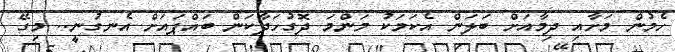
ހެމުން މަށާއި ދިމާއަށް ބަލަން އެކަމަކު މަންމަ ދޮގުހަދާކަން ބައްޕައަށް އެނގުނީ.. މިގޭ